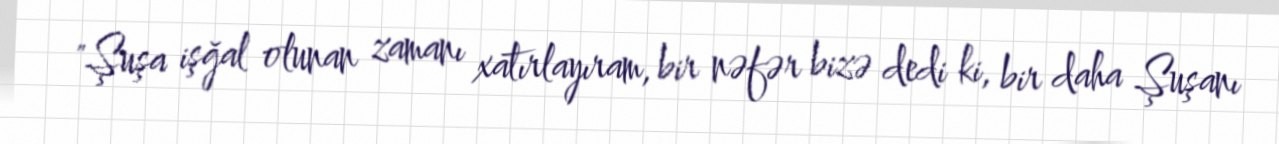
"Şuşa işğal olunan zamanı xatırlayıram, bir nəfər bizə dedi ki, bir daha Şuşanı